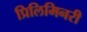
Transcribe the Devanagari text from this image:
प्रिलिमिनरी